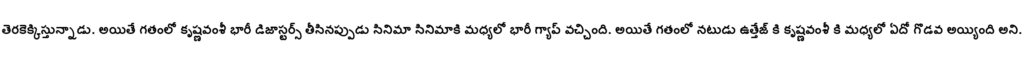
తెరకెక్కిస్తున్నాడు. అయితే గతంలో కృష్ణవంశీ భారీ డిజాస్టర్స్ తీసినప్పుడు సినిమా సినిమాకి మధ్యలో భారీ గ్యాప్ వచ్చింది. అయితే గతంలో నటుడు ఉత్తేజ్ కి కృష్ణవంశీ కి మధ్యలో ఏదో గొడవ అయ్యింది అని.